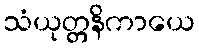
သံယုတ္တနိကာယေ